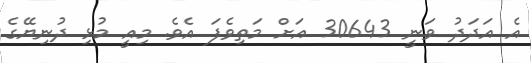
އެ އަދަދު ވަނީ 30643 އަށް މަތިވެފަ އެވެ. މިއީ މުޅި ދުނިޔޭގެ